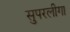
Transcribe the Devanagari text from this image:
सुपरलीगा